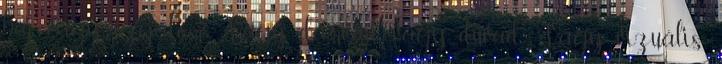
baj vagy izgalom. Vagy dámvad, vagy dúvad. Vagy vizuális